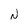
Character: N